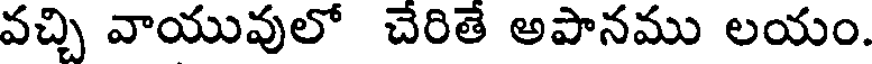
వచ్చి వాయువులో చేరితే అపానము లయం.